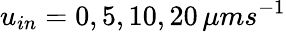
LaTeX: u_{in}=0,5,10,20\, \mu ms^{-1}